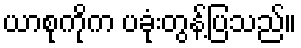
ယာစုကိုက ပခုံးတွန့်ပြသည်။